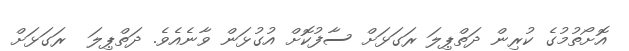
އޮށޯތުމުގެ ކުރިން ދަތްޕިލަ ރަގަޅަށް ސާފުކޮށް އުގުޅަން ވާނެއެވެ. ދަތްޕިލަ  ރަގަޅަށް